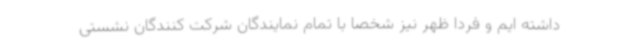
داشته ایم و فردا ظهر نیز شخصا با تمام نمایندگان شرکت کنندگان نشستی